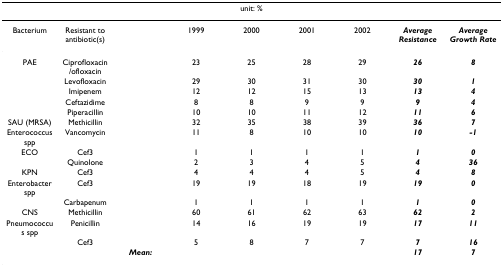
<table><thead><tr><td colspan="9"><b>unit: %</b></td></tr></thead><tbody><tr><td>Bacterium</td><td>Resistant to antibiotic(s)</td><td></td><td>1999</td><td>2000</td><td>2001</td><td>2002</td><td><b><i>Average Resistance</i></b></td><td><b><i>Average Growth Rate</i></b></td></tr><tr><td>PAE</td><td>Ciprofloxacin/ofloxacin</td><td></td><td>23</td><td>25</td><td>28</td><td>29</td><td><b><i>26</i></b></td><td><b><i>8</i></b></td></tr><tr><td></td><td>Levofloxacin</td><td></td><td>29</td><td>30</td><td>31</td><td>30</td><td><b><i>30</i></b></td><td><b><i>1</i></b></td></tr><tr><td></td><td>Imipenem</td><td></td><td>12</td><td>12</td><td>15</td><td>13</td><td><b><i>13</i></b></td><td><b><i>4</i></b></td></tr><tr><td></td><td>Ceftazidime</td><td></td><td>8</td><td>8</td><td>9</td><td>9</td><td><b><i>9</i></b></td><td><b><i>4</i></b></td></tr><tr><td></td><td>Piperacillin</td><td></td><td>10</td><td>10</td><td>11</td><td>12</td><td><b><i>11</i></b></td><td><b><i>6</i></b></td></tr><tr><td>SAU (MRSA)</td><td>Methicillin</td><td></td><td>32</td><td>35</td><td>38</td><td>39</td><td><b><i>36</i></b></td><td><b><i>7</i></b></td></tr><tr><td>Enterococcus spp</td><td>Vancomycin</td><td></td><td>11</td><td>8</td><td>10</td><td>10</td><td><b><i>10</i></b></td><td><b><i>-1</i></b></td></tr><tr><td>ECO</td><td>Cef3</td><td></td><td>1</td><td>1</td><td>1</td><td>1</td><td><b><i>1</i></b></td><td><b><i>0</i></b></td></tr><tr><td></td><td>Quinolone</td><td></td><td>2</td><td>3</td><td>4</td><td>5</td><td><b><i>4</i></b></td><td><b><i>36</i></b></td></tr><tr><td>KPN</td><td>Cef3</td><td></td><td>4</td><td>4</td><td>4</td><td>5</td><td><b><i>4</i></b></td><td><b><i>8</i></b></td></tr><tr><td>Enterobacter spp</td><td>Cef3</td><td></td><td>19</td><td>19</td><td>18</td><td>19</td><td><b><i>19</i></b></td><td><b><i>0</i></b></td></tr><tr><td></td><td>Carbapenum</td><td></td><td>1</td><td>1</td><td>1</td><td>1</td><td><b><i>1</i></b></td><td><b><i>0</i></b></td></tr><tr><td>CNS</td><td>Methicillin</td><td></td><td>60</td><td>61</td><td>62</td><td>63</td><td><b><i>62</i></b></td><td><b><i>2</i></b></td></tr><tr><td>Pneumococcus spp</td><td>Penicillin</td><td></td><td>14</td><td>16</td><td>19</td><td>19</td><td><b><i>17</i></b></td><td><b><i>11</i></b></td></tr><tr><td></td><td>Cef3</td><td></td><td>5</td><td>8</td><td>7</td><td>7</td><td><b><i>7</i></b></td><td><b><i>16</i></b></td></tr><tr><td></td><td></td><td><b><i>Mean:</i></b></td><td></td><td></td><td></td><td></td><td><b><i>17</i></b></td><td><b><i>7</i></b></td></tr></tbody></table>